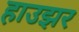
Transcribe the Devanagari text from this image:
हाउझर